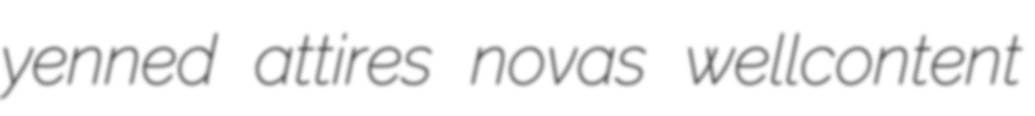
yenned attires novas wellcontent